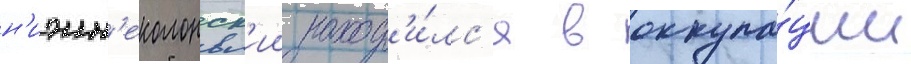
н'ижн'еколонск'ии наход'и́лс'я в оккупа́ции